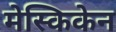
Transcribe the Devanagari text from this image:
मेस्किकेन